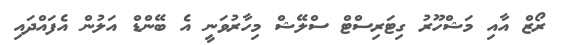
ރޯޒް އާއި މަޝްހޫރު ގިޓަރިސްޓް ސްލޭޝް މިހާރުވަނީ އެ ބޭންޑް އަލުން އެފައްދައި